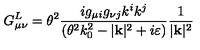
G _ { \mu \nu } ^ { L } = \theta ^ { 2 } \frac { i g _ { \mu i } g _ { \nu j } k ^ { i } k ^ { j } } { ( \theta ^ { 2 } k _ { 0 } ^ { 2 } - | \mathbf { k } | ^ { 2 } + i \varepsilon ) } \frac { 1 } { | \mathbf { k } | ^ { 2 } }